Vaccination Hyderabad 1872-1889 - 1872-1889
Year: 1872
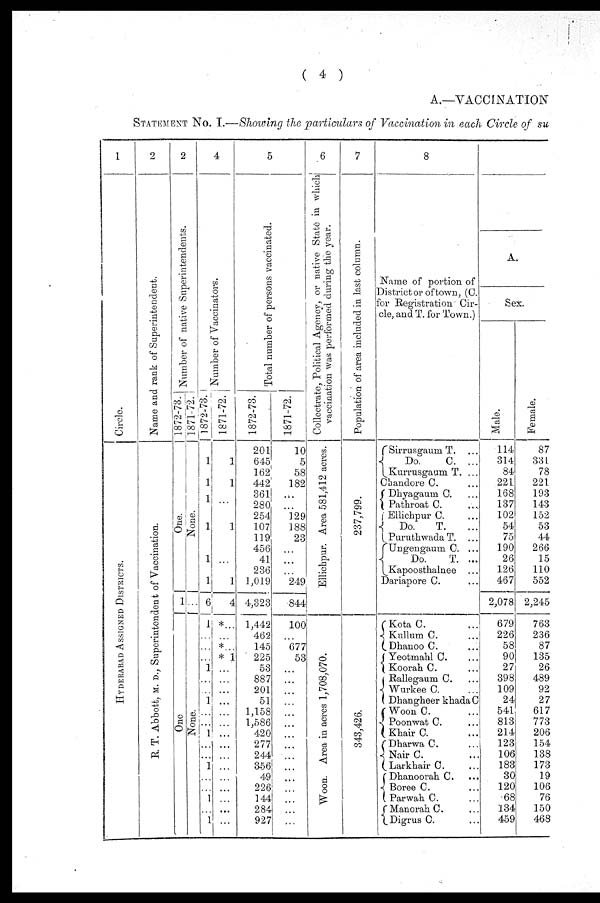
( 4 )
A.—VACCINATION
STATEMENT No. I.—Showing the particulars of Vaccination in each Circle of su
1
Circle.
HYDE R AB AD AS S IGNE D DISTRICTS.
2
Name and rank of Superintendent.
R. T. Ab b o t t , M. D., Supe r
i
nt e nde nt of Va c c i
na t
i
on.
2
Number of native Superintendents.
1872-73.
One.
1
One
1871-72.
None.
...
None.
4
Number of Vaccinators.
1872-73.
1
1
1
1
1
1
6
1
...
...
... 1
...
... 1
...
... 1
...
... 1
...
... 1
... 1
1871-72.
1
1
...
1
...
1
4
*...
...
* ...
*1
...
...
...
...
...
...
...
...
...
...
...
...
...
...
...
5
Total number of persons vaccinated.
1872-73.
201
645
162
442
361
280
254
107
119
456
41
236
1,019
4,323
1,442
462
145
225
53
887
201
51
1,158
1,586
420
277
244
356
49
226
144
284
927
1871-72.
10
5
58
182
...
...
129
188
23
...
...
...
249
844
100
677
53
...
...
...
...
...
...
...
...
...
...
...
...
...
...
...
6
Collectrate, Political Agency, or native State in which
vaccination was performed during the year.
El l
i
chpur . Ar ea 581,412 acres.
Woon. Area in acres 1,708,070.
7
Population of area included in last column.
237,799.
343,426.
8
Name of portion of
District or of town, (C.
for Registration Cir-
cle, and T. for Town.)
Sirrusgaum T. ...
Do.
C. ...
Kurrusgaum T. ...
Chandore C. ...
Dhyagaum C. ...
Pathroat C. ...
Ellichpur C. ...
Do.
T.
Puruthwada T. ...
Ungengaum C. ...
Do.
T. ...
Kapoosthalnee ...
Dariapore C.
Kota C. ...
Kullum C. ...
Dhanoo C. ...
Yeotmahl C. ...
Koorah C. ...
Rallegaum C. ...
Wurkee C. ...
Dhangheer khada C
Woon C. ...
Poonwat C. ...
Khair C. ...
Dharwa C. ...
Nair C. ...
Larkhair C. ...
Dhanoorah C. ...
Boree C. ...
Parwah C. ...
Manorah C. ...
Digrus C. ...
A.
Sex.
Male.
114
314
84
221
168
137
102
54
75
190
26
126
467
2,078
679
226
58
90
27
398
109
24
541
813
214
123
106
183
30
120
68
134
459
Female.
87
331
78
221
193
143
152
53
44
266
15
110
552
2,245
763
236
87
135
26
489
92
27
617
773
206
154
138
173
19
106
76
150
468